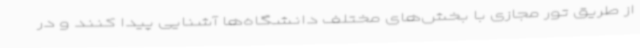
از طریق تور مجازی با بخش‌های مختلف دانشگاه‌ها آشنایی پیدا کنند و در